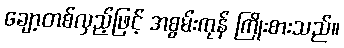
ချော့တစ်လှည့်ဖြင့် အစွမ်းကုန် ကြိုးစားသည်။